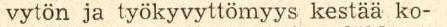
vytön ja työkyvyttömyys kestää ko-